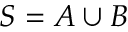
S = A \cup B